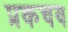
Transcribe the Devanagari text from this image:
प्रकचव